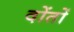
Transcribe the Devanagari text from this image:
दोंतों